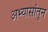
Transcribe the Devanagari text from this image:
अभ्यासांतून